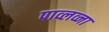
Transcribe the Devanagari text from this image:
पाव्लव्ना